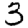
Digit: 3